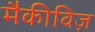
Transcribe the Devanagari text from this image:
मैकीविज़